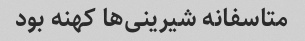
متاسفانه شیرینی‌ها کهنه بود